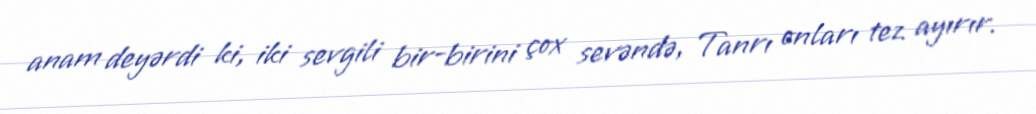
anam deyərdi ki, iki sevgili bir-birini çox sevəndə, Tanrı onları tez ayırır.